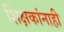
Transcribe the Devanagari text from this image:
शिक्षकांनाही